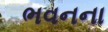
ભવનના